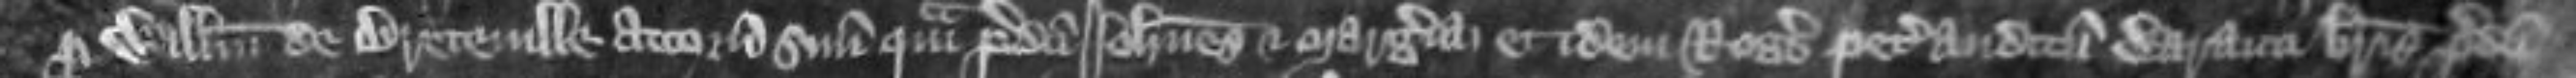
per Willelmum de Bretevill attornatum suum quam predicti Johannes et Margeria et idem Rogerus petit auditum waranti brevis predicti